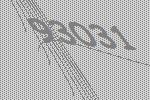
93031